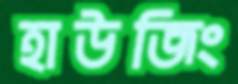
হাউজিং